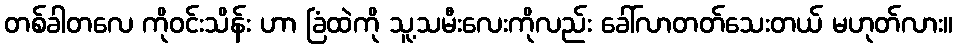
တစ်ခါတလေ ကိုဝင်းသိန်း ဟာ ခြံထဲကို သူ့သမီးလေးကိုလည်း ခေါ်လာတတ်သေးတယ် မဟုတ်လား။